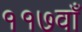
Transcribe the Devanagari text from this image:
११७वाँ